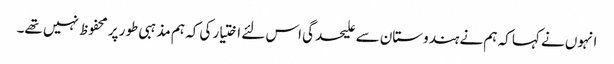
انہوں نے کہا کہ ہم نے ہندوستان سے علیحدگی اس لئے اختیار کی کہ ہم مذہبی طور پر محفوظ نہیں تھے۔